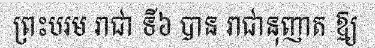
ព្រះបរម រាជា ទី៦ បាន រាជានុញាត ឱ្យ